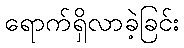
ရောက်ရှိလာခဲ့ခြင်း